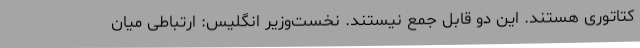
کتاتوری هستند. این دو قابل جمع نیستند. نخست‌وزیر انگلیس: ارتباطی میان